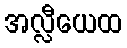
အလ္လီယေထ